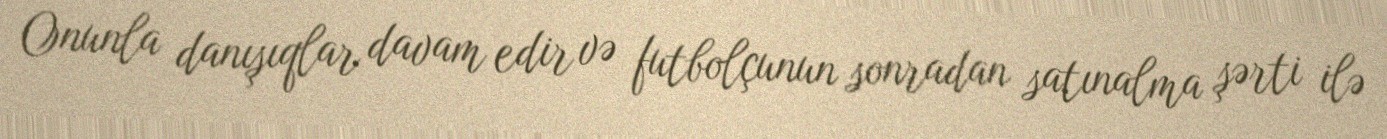
Onunla danışıqlar davam edir və futbolçunun sonradan satınalma şərti ilə